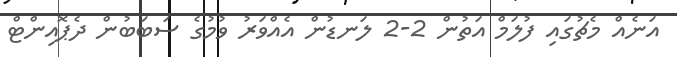
އަނެއް މެޗުގައި ފުލަމް އަތުން 2-2 ލަނޑުން އެއްވަރު ވުމުގެ ސަބަބުން ދެޕޮއިންޓް